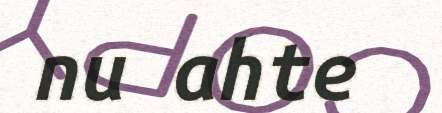
nu ahte